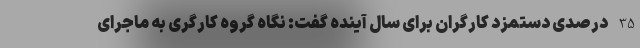
35 درصدی دستمزد کارگران برای سال آینده گفت: نگاه گروه کارگری به ماجرای